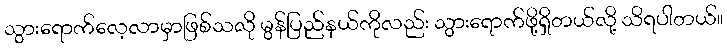
သွားရောက်လေ့လာမှာဖြစ်သလို မွန်ပြည်နယ်ကိုလည်း သွားရောက်ဖို့ရှိတယ်လို့ သိရပါတယ်။